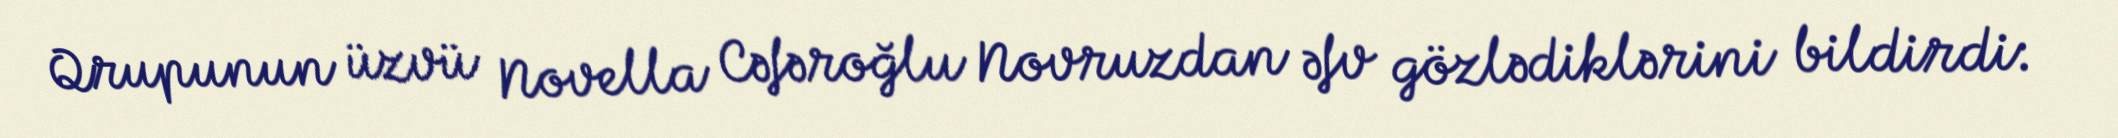
Qrupunun üzvü Novella Cəfəroğlu Novruzdan əfv gözlədiklərini bildirdi: